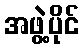
အဖွဲ့ပိုင်